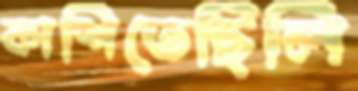
কাশিতেছিলি